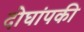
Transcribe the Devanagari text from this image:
दोघांपकी